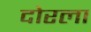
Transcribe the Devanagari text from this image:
दोरला